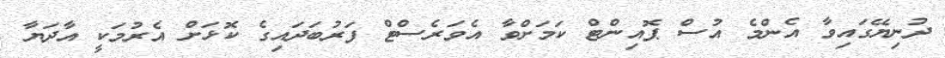
ދުނިޔޭގައިވާ އެންމެ އުސް ޕޮއިންޓް ކަމަށްވާ އެވަރެސްޓް ފަރުބަދައިގެ ކޮޅަށް އެރުމަކީ އާދަޔާ